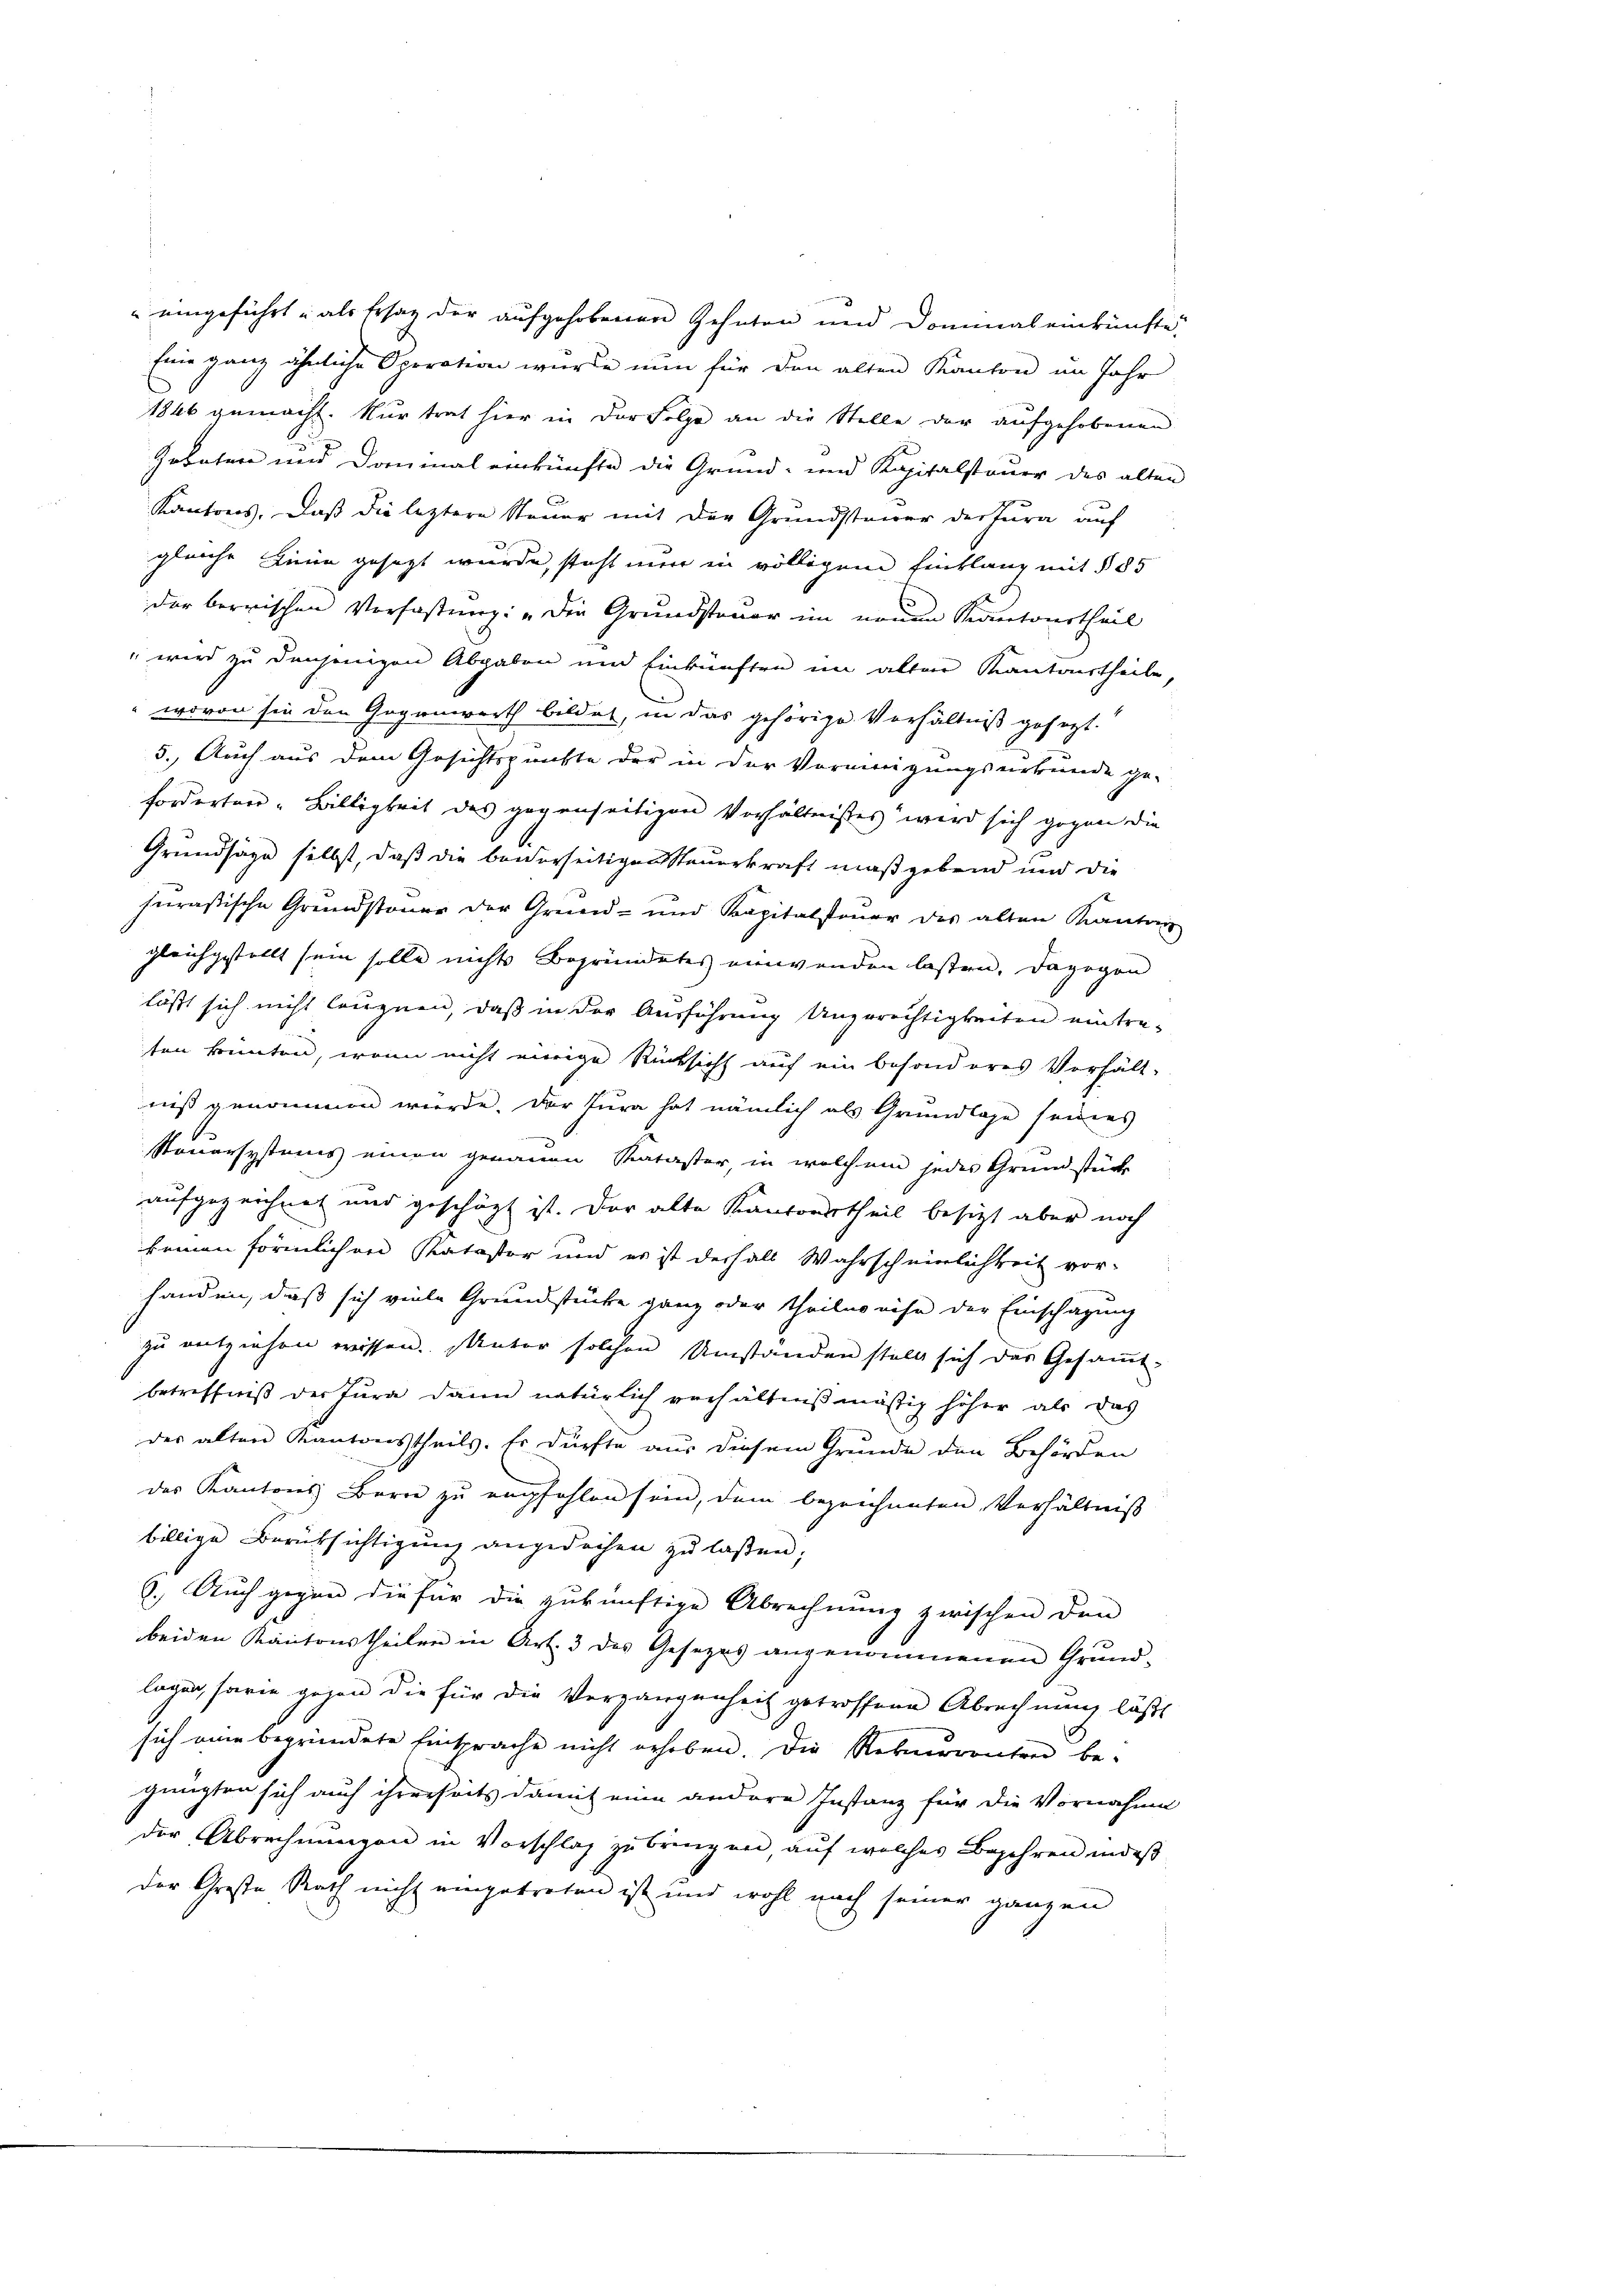
" eingeführt u als Ersatz der aufgehobenen Zehnten und Dominal einkünfte,
Eine ganz ähnliche Operation würde nun für den alten Kanton im Jahr
1846 gemacht. Nur trat hier in der Folge an die Stelle der aufgehobenen
Geboten und Dominal einkünfte die Grund- und Kapitalsteuer des alten

C
Kantons, daß die leztere Steuer mit der Grundsteuer der Jura auf
gleiche Linie gesezt wurde, steht mir in völligen Einklang mit § 85
der berischen Verfassung: „Die Grundsteuer im neuen Kantourtheil
" wird zu denjenigen Abgaben und Einkünften im alten Kantantheile,
wovon sie den Gegenwerth bildet, in das gehörige Verhältniß gesezt.
5. Auch aus dem Gesichtspunkte der in der Vormnigungsurkunde ge-
forderten Billigkeit des gegenseitigen Verhältnisses wird sich gegen die
Grundsäge selbst, daß die bederseitigen Steuerkraft maßgebend und die
hnrastische Grundsteuer der Grund- und Kapitalstenor des alten Kanton
gleichgestellt sein solle nichts Begründetes einwenden lassen, dagegen
läßt sich nicht läugnen, daß in der Ausführung Ungerechtigkeiten eintreten konnten, wenn nicht einige Rücksicht auf ein besonderes Verhält-
niß genommen würde. Der Jura hat nämlich als Grundlage seiners
.
Steuersystems einen genauen Kataster, in welchem jedes Grundstück
aufgezeichnet und geschäzt ist. Der alte Kantonstheil besitzt aber noch
keinen förmlichen Kataster und es ist deshalb Wahrscheinlichkeit vor-
handen, daß sich viele Greundstücke ganz oder theilno eise der Einschagung
zu entziehen wissen. Unter solchen Umständen stellt sich das Gesamt-
betreffniß der Jura dann natürlich verhältnißmäßig höher als das
des alten Kantonstheils. Er dürfte aus diesem Grunde den Behörden
des Kantons Bern zu empfohlen sein, dem bezeichneten Verhältniß
billige Berüksichtigung angedachen zu laßen;
8.) Auch gegen die für die zukünftige Abrechnung zwischen den
beiden Kantonstheilen in Art. 3 des Gesezes angenommenen Grund-
lagen, sowie gegen die für die Vergangenheit getroffene Abrechnung lässt
sich eine begründete Einsprache nicht erhoben. Die Rekurrenten be-
gnügten sich auch ihrereseits damit eine andere Instanz für die Vornahme
der Abrechnungen in Vorschlag zu bringen, auf welches Begehren indeß
der Große Rath nicht eingetreten ist und wohl nach seiner ganzen